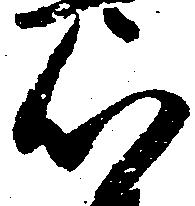
心